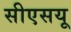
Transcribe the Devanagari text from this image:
सीएसयू